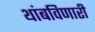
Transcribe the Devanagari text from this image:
थांबविणारी